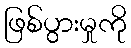
ဖြစ်ပွားမှုကို